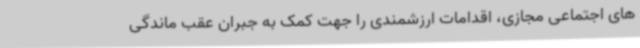
های اجتماعی مجازی، اقدامات ارزشمندی را جهت کمک به جبران عقب ماندگی